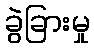
ခွဲခြားမှု